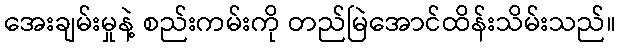
အေးချမ်းမှုနဲ့ စည်းကမ်းကို တည်မြဲအောင်ထိန်းသိမ်းသည်။